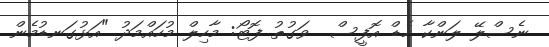
ނެސްލޭ ލަންކާ ހެޑް އޮފީސް  ވަގުތު ފޮޓޯ: މާހިލް މުހައްމަދު "އަޅުގަނޑުމެން